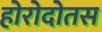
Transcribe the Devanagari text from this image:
होरोदोतस